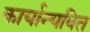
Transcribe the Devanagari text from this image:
कार्यान्यवित